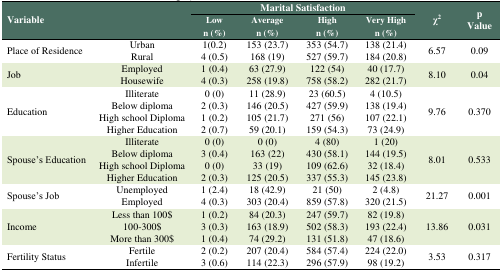
<table><thead><tr><td rowspan="2" colspan="2"><b>Variable</b></td><td colspan="4"><b>Marital Satisfaction</b></td><td rowspan="2"><b>χ<sup>2</sup></b></td><td rowspan="2"><b>p Value</b></td></tr><tr><td><b>Lown (%)</b></td><td><b>Averagen (%)</b></td><td><b>Highn (%)</b></td><td><b>Very Highn (%)</b></td></tr></thead><tbody><tr><td rowspan="2">Place of Residence</td><td>Urban</td><td>1(0.2)</td><td>153 (23.7)</td><td>353 (54.7)</td><td>138 (21.4)</td><td rowspan="2">6.57</td><td rowspan="2">0.09</td></tr><tr><td>Rural</td><td>4 (0.5)</td><td>168 (19)</td><td>527 (59.7)</td><td>184 (20.8)</td></tr><tr><td rowspan="2">Job</td><td>Employed</td><td>1 (0.4)</td><td>63 (27.9)</td><td>122 (54)</td><td>40 (17.7)</td><td rowspan="2">8.10</td><td rowspan="2">0.04</td></tr><tr><td>Housewife</td><td>4 (0.3)</td><td>258 (19.8)</td><td>758 (58.2)</td><td>282 (21.7)</td></tr><tr><td rowspan="4">Education</td><td>Illiterate</td><td>0 (0)</td><td>11 (28.9)</td><td>23 (60.5)</td><td>4 (10.5)</td><td rowspan="4">9.76</td><td rowspan="4">0.370</td></tr><tr><td>Below diploma</td><td>2 (0.3)</td><td>146 (20.5)</td><td>427 (59.9)</td><td>138 (19.4)</td></tr><tr><td>High school Diploma</td><td>1 (0.2)</td><td>105 (21.7)</td><td>271 (56)</td><td>107 (22.1)</td></tr><tr><td>Higher Education</td><td>2 (0.7)</td><td>59 (20.1)</td><td>159 (54.3)</td><td>73 (24.9)</td></tr><tr><td rowspan="4">Spouse’s Education</td><td>Illiterate</td><td>0 (0)</td><td>0 (0)</td><td>4 (80)</td><td>1 (20)</td><td rowspan="4">8.01</td><td rowspan="4">0.533</td></tr><tr><td>Below diploma</td><td>3 (0.4)</td><td>163 (22)</td><td>430 (58.1)</td><td>144 (19.5)</td></tr><tr><td>High school Diploma</td><td>0 (0)</td><td>33 (19)</td><td>109 (62.6)</td><td>32 (18.4)</td></tr><tr><td>Higher Education</td><td>2 (0.3)</td><td>125 (20.5)</td><td>337 (55.3)</td><td>145 (23.8)</td></tr><tr><td rowspan="2">Spouse’s Job</td><td>Unemployed</td><td>1 (2.4)</td><td>18 (42.9)</td><td>21 (50)</td><td>2 (4.8)</td><td rowspan="2">21.27</td><td rowspan="2">0.001</td></tr><tr><td>Employed</td><td>4 (0.3)</td><td>303 (20.4)</td><td>859 (57.8)</td><td>320 (21.5)</td></tr><tr><td rowspan="3">Income</td><td>Less than 100$</td><td>1 (0.2)</td><td>84 (20.3)</td><td>247 (59.7)</td><td>82 (19.8)</td><td rowspan="3">13.86</td><td rowspan="3">0.031</td></tr><tr><td>100-300$</td><td>3 (0.3)</td><td>163 (18.9)</td><td>502 (58.3)</td><td>193 (22.4)</td></tr><tr><td>More than 300$</td><td>1 (0.4)</td><td>74 (29.2)</td><td>131 (51.8)</td><td>47 (18.6)</td></tr><tr><td rowspan="2">Fertility Status</td><td>Fertile</td><td>2 (0.2)</td><td>207 (20.4)</td><td>584 (57.4)</td><td>224 (22.0)</td><td rowspan="2">3.53</td><td rowspan="2">0.317</td></tr><tr><td>Infertile</td><td>3 (0.6)</td><td>114 (22.3)</td><td>296 (57.9)</td><td>98 (19.2)</td></tr></tbody></table>